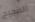
الضجيج